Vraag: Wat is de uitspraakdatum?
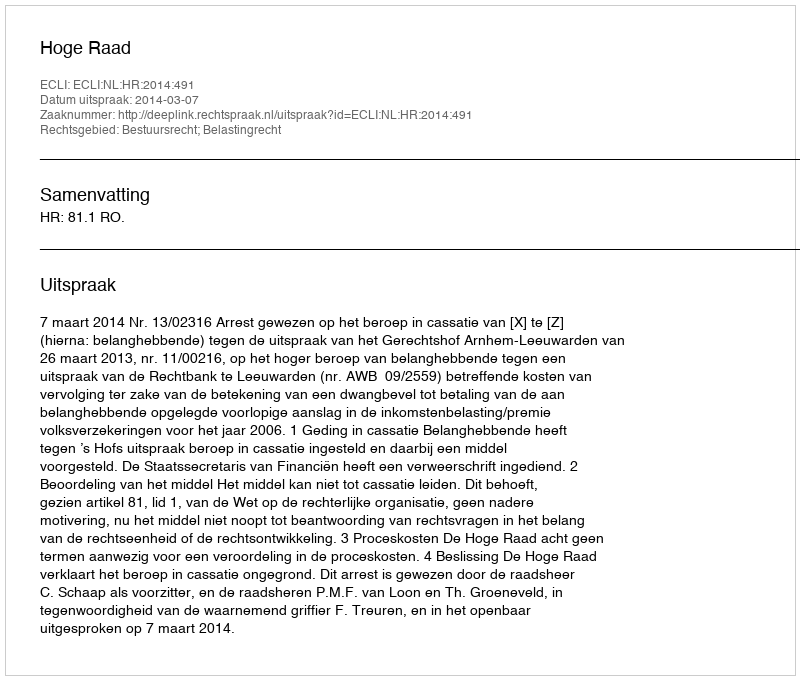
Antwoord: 2014-03-07